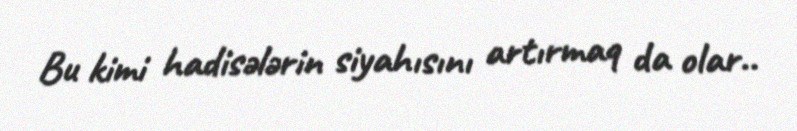
Bu kimi hadisələrin siyahısını artırmaq da olar..